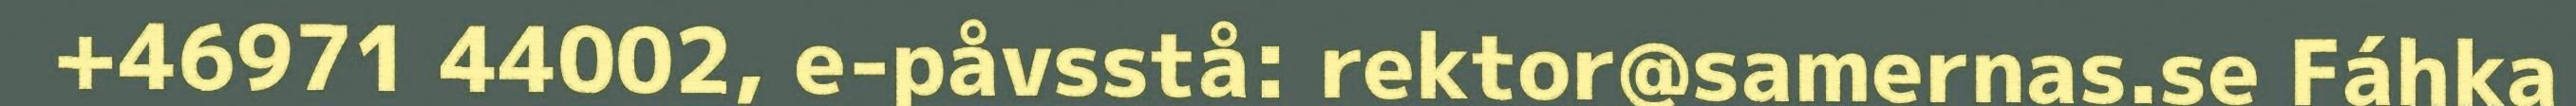
+46971 44002, e-påvsstå: rektor@samernas.se Fáhka